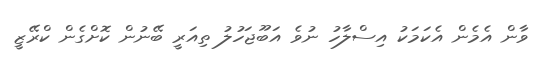
ވާން އެމެން އެކަމަކު އިސްލާހު ނުވެ އަބޫޖަހުލު ތިއަރީ ބޭނުން ކޮށްގެން ކްރޭޒީ